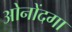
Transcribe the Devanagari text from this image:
ओनोंदगा